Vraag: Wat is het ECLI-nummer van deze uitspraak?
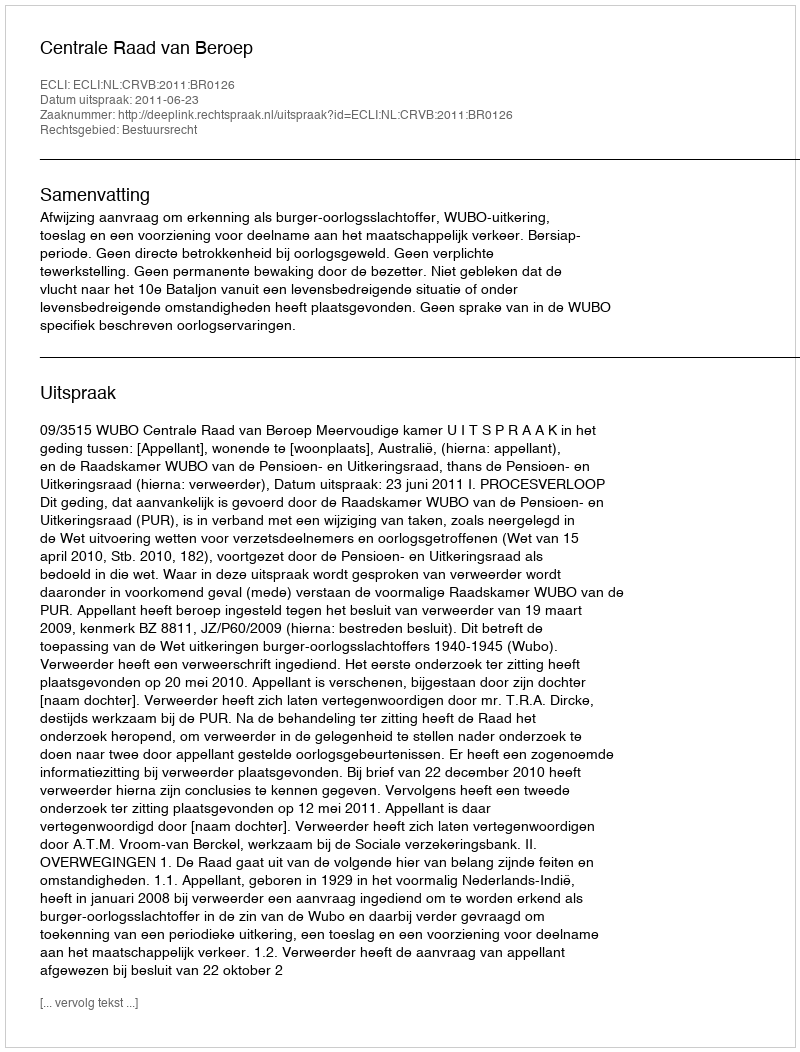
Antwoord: ECLI:NL:CRVB:2011:BR0126